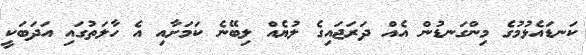
ކަނޑައެޅުމުގެ މިންގަނޑުން އެއް ދަރަޖައިގެ ލުޔެއް ލިބޭނެ ކަމަށާއި އެ ހާލަތުގައި އަދަބަކީ